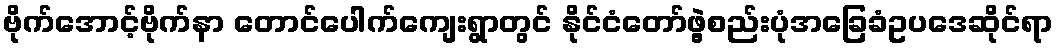
ဗိုက်အောင့်ဗိုက်နာ တောင်ပေါက်ကျေးရွာတွင် နိုင်ငံတော်ဖွဲ့စည်းပုံအခြေခံဥပဒေဆိုင်ရာ